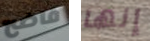
فاضح إنها